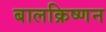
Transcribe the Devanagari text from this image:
बालक्रिष्णन